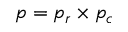
p = p _ { r } \times p _ { c }